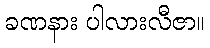
ခဏနား ပါလားလီဇာ။